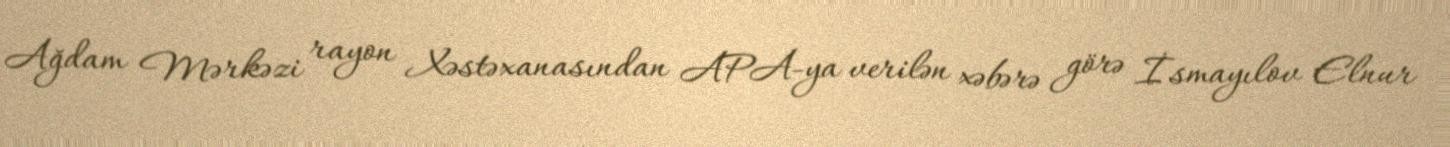
Ağdam Mərkəzi rayon Xəstəxanasından APA-ya verilən xəbərə görə İsmayılov Elnur